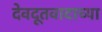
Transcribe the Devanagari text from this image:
देवदूतवादाच्या